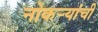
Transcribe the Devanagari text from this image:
नोकर्‍यांची